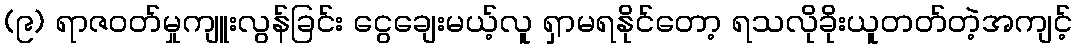
(၉) ရာဇဝတ်မှုကျူးလွန်ခြင်း ငွေချေးမယ့်လူ ရှာမရနိုင်တော့ ရသလိုခိုးယူတတ်တဲ့အကျင့်